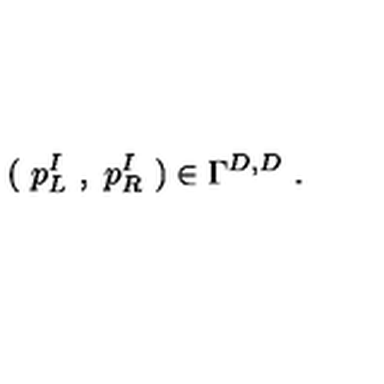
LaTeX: ( \ p _ { L } ^ { I } \ , \ p _ { R } ^ { I } \ ) \in \Gamma ^ { D , D } \ .